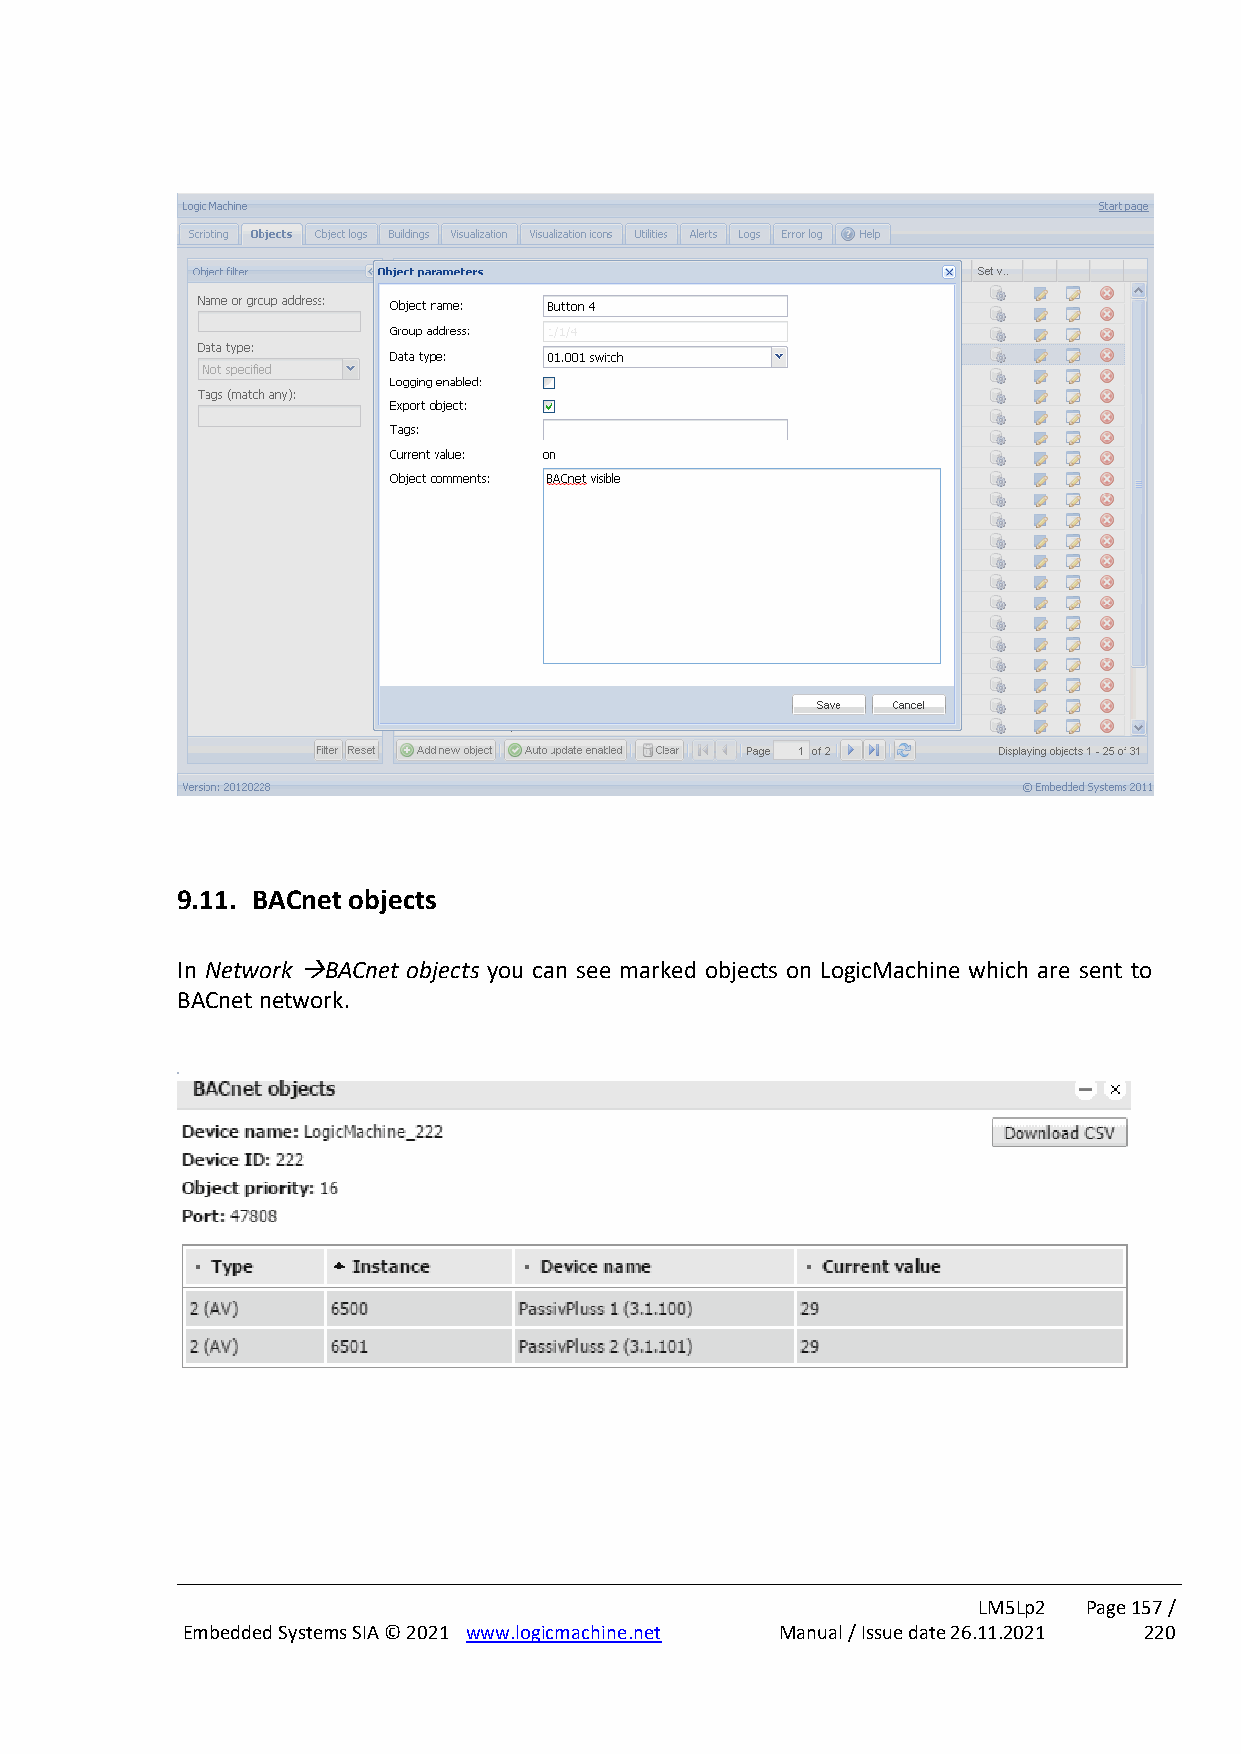
9.11. BACnet objects
 In Network →BACnet objects you can see marked objects on LogicMachine which are sent to
 BACnet network.
 LM5Lp2 Page 157 /
 Embedded Systems SIA © 2021 www.logicmachine.net Manual / Issue date 26.11.2021 220